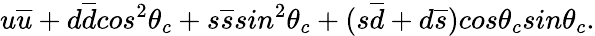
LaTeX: u\overline{{{u}}}+d\overline{{{d}}}cos^{2}\theta_{c}+s\overline{{{s}}}sin^{2}\theta_{c}+(s\overline{{{d}}}+d\overline{{{s}}})cos\theta_{c}sin\theta_{c}.